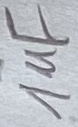
Text: 1uF